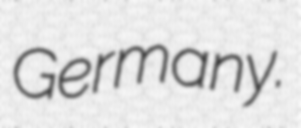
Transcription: Germany.